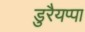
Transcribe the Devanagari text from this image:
डुरैयप्पा